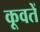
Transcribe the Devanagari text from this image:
कूवतें